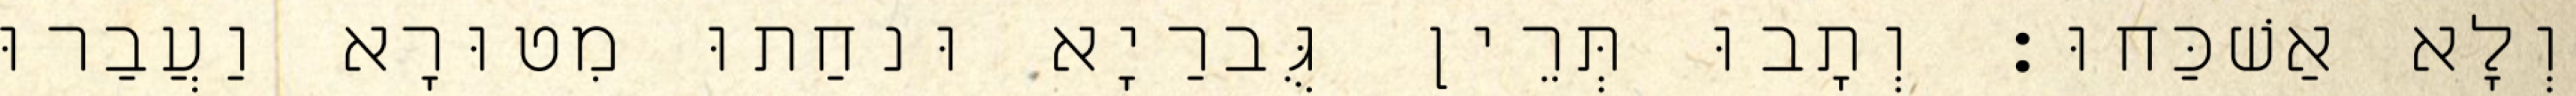
וְלָא אַשׁכַּחוּ׃ וְתָבוּ תְּרֵין גֻּברַיָא וּנחַתוּ מִטוּרָא וַעֲבַרוּ